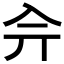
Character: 𠓡